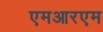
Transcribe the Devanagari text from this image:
एमआरएम